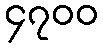
၄၇၀၀